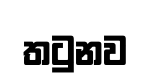
තටුනව